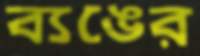
ব্যঙের